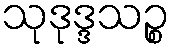
သုဒုဒ္ဒသဉ္စ